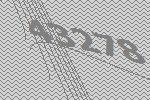
43278